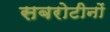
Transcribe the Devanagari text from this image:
सबरोटीनों